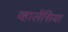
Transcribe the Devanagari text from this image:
व्हालेंसिया